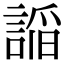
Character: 𮘦